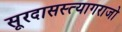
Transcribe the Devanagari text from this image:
सूरदासस्त्यागराजो